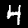
Label: 4